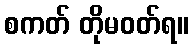
စကတ် တိုမဝတ်ရ။